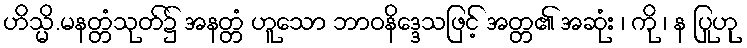
ဟိသ္မိ.မနတ္တံသုတ်၌ အနတ္တံ ဟူသော ဘာဝနိဒ္ဒေသဖြင့် အတ္တ၏ အဆုံး ၊ ကို ၊ န ပြုဟု